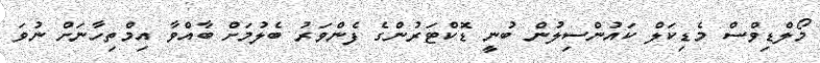
މޯލްޑިވްސް މެޑިކަލް ކައުންސިލުން ބުނީ ޑޮކްޓަރުންގެ ފެންވަރު ބެލުމަށް ބާއްވާ އިމްތިހާނަށް ނުވަ